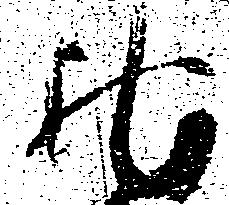
馳